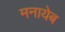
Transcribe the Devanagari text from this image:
मनायेब